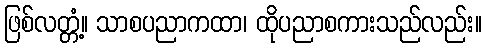
ဖြစ်လတ္တံ့။ သာစပညာကထာ၊ ထိုပညာစကားသည်လည်း။